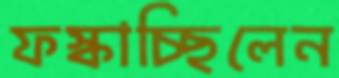
ফস্‌কাচ্ছিলেন